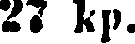
27 kp.